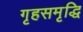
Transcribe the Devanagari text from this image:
गृहसमृद्धि